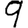
Digit: 9